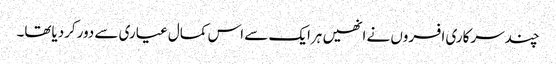
چندسرکاری افسروں نے انھیں ہرایک سے اس کمال عیاری سے دورکردیاتھا۔